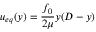
u _ { e q } ( y ) = \frac { f _ { 0 } } { 2 \mu } y ( D - y )